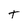
Character: T